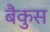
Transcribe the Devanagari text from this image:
बैकुस